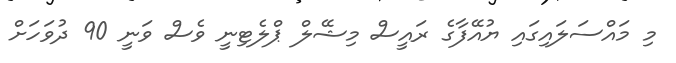
މި މައްސަލައިގައި ޔުއޭފާގެ ރައީސް މިޝޭލް ޕްލެޓިނީ ވެސް ވަނީ 90 ދުވަހަށް